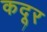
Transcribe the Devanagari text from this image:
कदूर